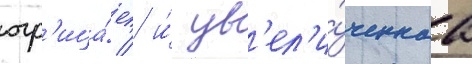
отр'ица́ет / и́ ув'ел'и́ченнаа